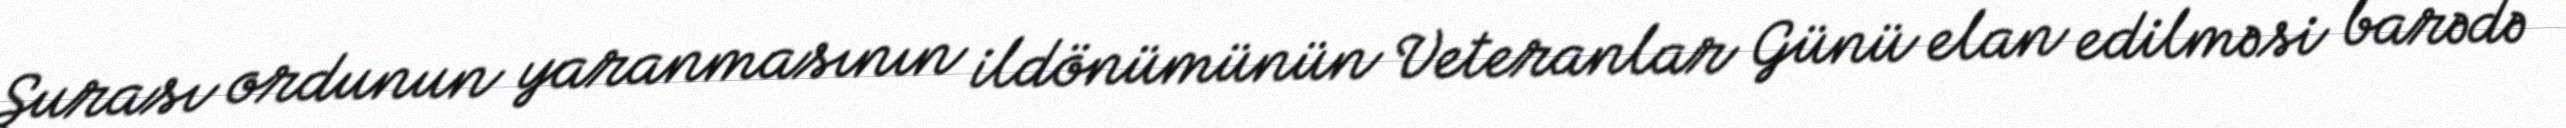
Şurası ordunun yaranmasının ildönümünün Veteranlar Günü elan edilməsi barədə